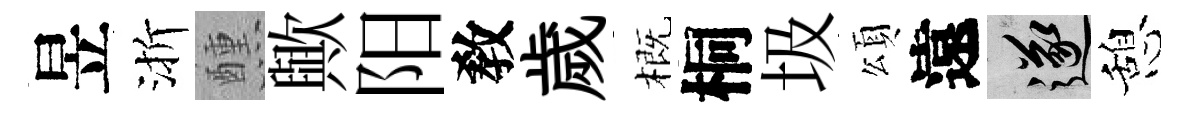
昱渐醺歟阳敎歲概桐圾頌遠遂憩